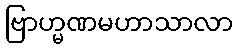
ဗြာဟ္မဏမဟာသာလာ